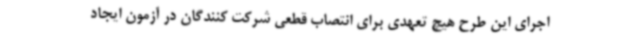
اجرای این طرح هیچ تعهدی برای انتصاب قطعی شرکت کنندگان در آزمون ایجاد